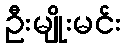
ဦးမျိုးမင်း